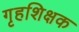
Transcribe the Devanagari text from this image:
गृहशिक्षक